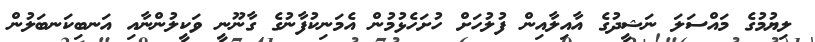
ލިޔުމުގެ މައްސަލަ ނަޝީދުގެ އާއިލާއިން ފުލުހަށް ހުށަހެޅުމުން އެމަނިކުފާނުގެ ގާނޫނީ ވަކީލުންނާއި އަނބިކަނބަލުން